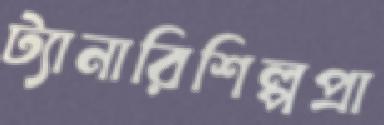
ট্যানারিশিল্পপ্রা